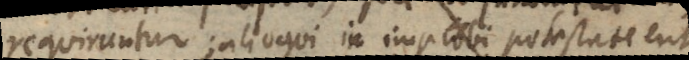
requiruntur; alioqui in improbi potestate erit